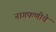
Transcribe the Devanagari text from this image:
नागफणीचे